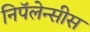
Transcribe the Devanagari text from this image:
निपॅलेन्सीस